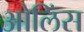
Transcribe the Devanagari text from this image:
ओलिंस